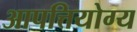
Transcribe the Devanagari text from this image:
आपत्तियोग्य